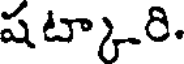
షట్కారి.